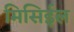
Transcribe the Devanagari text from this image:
मिसिईल